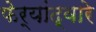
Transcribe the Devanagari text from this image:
फेर्‍यांद्वारे